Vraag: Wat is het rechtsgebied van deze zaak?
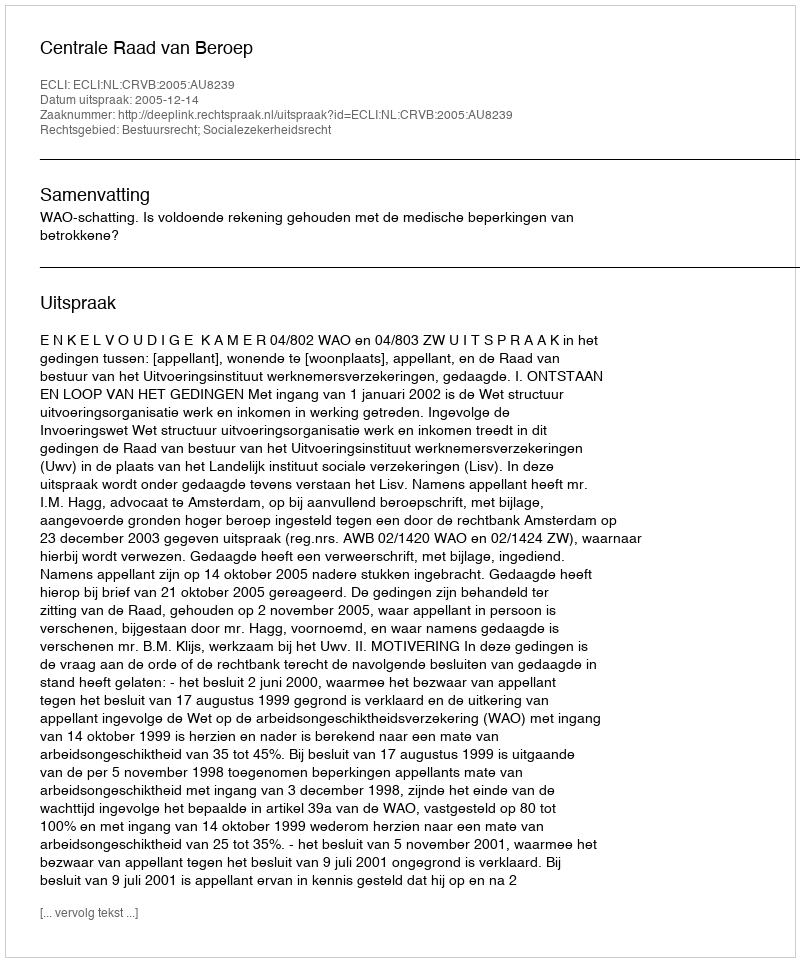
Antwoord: Bestuursrecht; Socialezekerheidsrecht